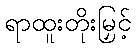
ရာထူးတိုးမြှင့်